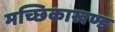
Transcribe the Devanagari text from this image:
मच्छिकाखण्ड